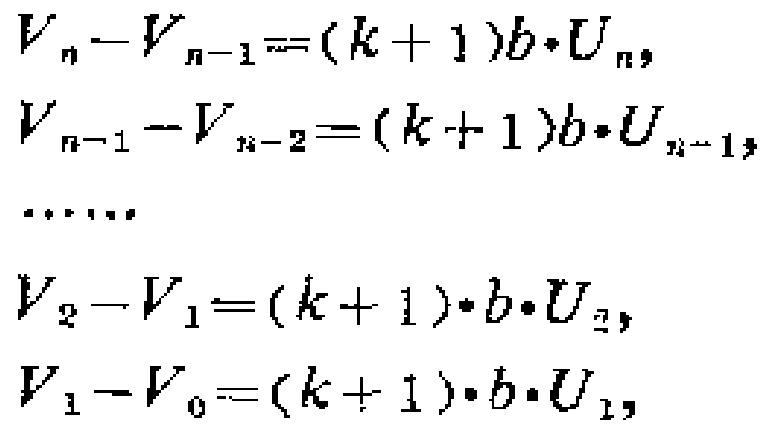
\[
\begin{align*}
V_{n}-V_{n - 1}&=(k + 1)b\cdot U_{n},\\
V_{n-1}-V_{n - 2}&=(k + 1)b\cdot U_{n-1},\\
&\cdots\cdots\\
V_{2}-V_{1}&=(k + 1)\cdot b\cdot U_{2},\\
V_{1}-V_{0}&=(k + 1)\cdot b\cdot U_{1},
\end{align*}
\]